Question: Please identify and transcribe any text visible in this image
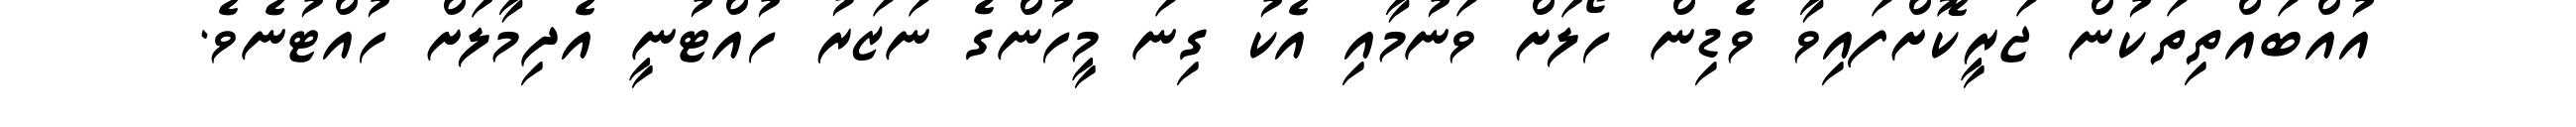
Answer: އުއްބައްތިތަކުން ޖަރީކޮށްފައިވާ ވެޑިން ހޯލަށް ވަނުމާއި އެކު ގިނަ މީހުންގެ ނަޒަރު ހުއްޓުނީ އެދިމާލަށް ހުއްޓުނެވެ.